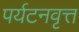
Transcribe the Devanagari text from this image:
पर्यटनवृत्त